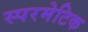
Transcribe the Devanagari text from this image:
स्परमेटिक